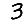
Digit: 3